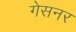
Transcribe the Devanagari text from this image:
गेसनर